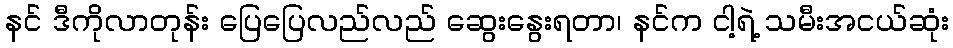
နင် ဒီကိုလာတုန်း ပြေပြေလည်လည် ဆွေးနွေးရတာ၊ နင်က ငါ့ရဲ့ သမီးအငယ်ဆုံး